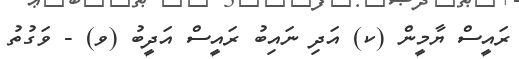
ރައީސް ޔާމީން (ކ) އަދި ނައިބު ރައީސް އަދީބު (ވ) - ވަގުތު